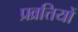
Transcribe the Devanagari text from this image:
प्रव्रत्तियों